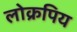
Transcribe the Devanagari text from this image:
लोक्रपिय